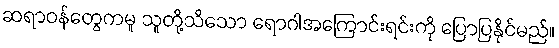
ဆရာဝန်တွေကမူ သူတို့သိသော ရောဂါအကြောင်းရင်းကို ပြောပြနိုင်မည်။